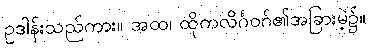
ဥဒါန်းသည်ကား။ အထ၊ ထိုကလိင်္ဂဝဂ်၏အခြားမဲ့၌။